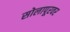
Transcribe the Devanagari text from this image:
सोलापूरवर